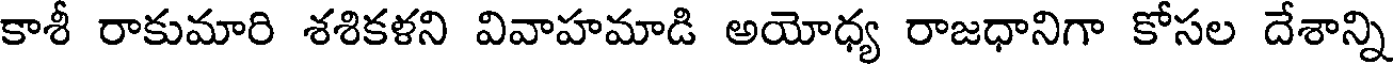
కాశీ రాకుమారి శశికళని వివాహమాడి అయోధ్య రాజధానిగా కోసల దేశాన్ని